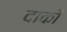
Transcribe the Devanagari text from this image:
दाकों